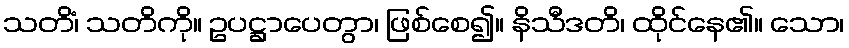
သတိံ၊ သတိကို။ ဥပဋ္ဌာပေတွာ၊ ဖြစ်စေ၍။ နိသီဒတိ၊ ထိုင်နေ၏။ သော၊